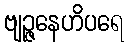
ဗျဉ္ဇနေဟိပရေ